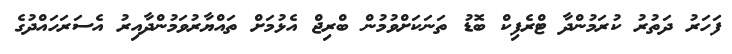
ފަހަރު ދަތުރު ކުރަމުންދާ ޓްރެފިކް ބޮޑު ތަނަކަށްވުމުން ބްރިޖް އެޅުމަށް ތައްޔާރުވަމުންދާއިރު އެސަރަހައްދުގެ